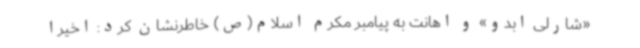
«شارلی ابدو» و اهانت به پیامبر مکرم اسلام(ص) خاطرنشان کرد: اخیراً